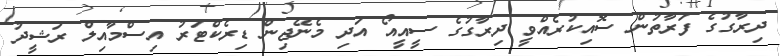
ދިރާގުގެ ފަރާތުން ސޮއިކުރެއްވީ ދިރާގުގެ ސީއީއޯ އަދި މެނޭޖިން ޑިރެކްޓަރު އިސްމާއިލް ރަޝީދު